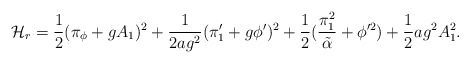
\begin{align*}{\cal H}_r = {1\over 2}(\pi_\phi + gA_1)^2 + {1\over {2ag^2}}(\pi'_1 + g\phi')^2 + {1\over 2}({\pi_1^2\over {\tilde\alpha}} + \phi'^2) + {1\over 2}ag^2A_1^2.\end{align*}